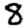
Digit: 8